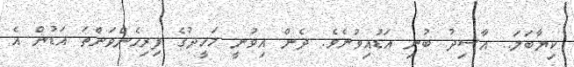
ކިޔާބަލަ.. އާސިދު ބުނި އަޑުއިވުނެވެ. ދެން އިވުނީ މަހީދުގެ ފިރިހެންވަންތަ އަޑުން އެ